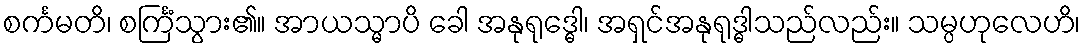
စင်္ကမတိ၊ စင်္ကြံသွား၏။ အာယသ္မာပိ ခေါ အနုရုဒ္ဓေါ၊ အရှင်အနုရုဒ္ဓါသည်လည်း။ သမ္ပဟုလေဟိ၊